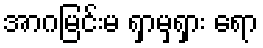
အာဂမြင်းမ ရှာမှရှား ရော